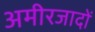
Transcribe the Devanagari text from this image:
अमीरजादों